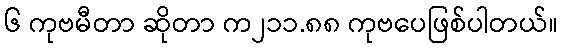
၆ ကုဗမီတာ ဆိုတာ က၂၁၁.၈၈ ကုဗပေဖြစ်ပါတယ်။